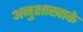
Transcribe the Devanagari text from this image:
अनुशाखाके